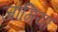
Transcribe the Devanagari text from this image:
जागिया